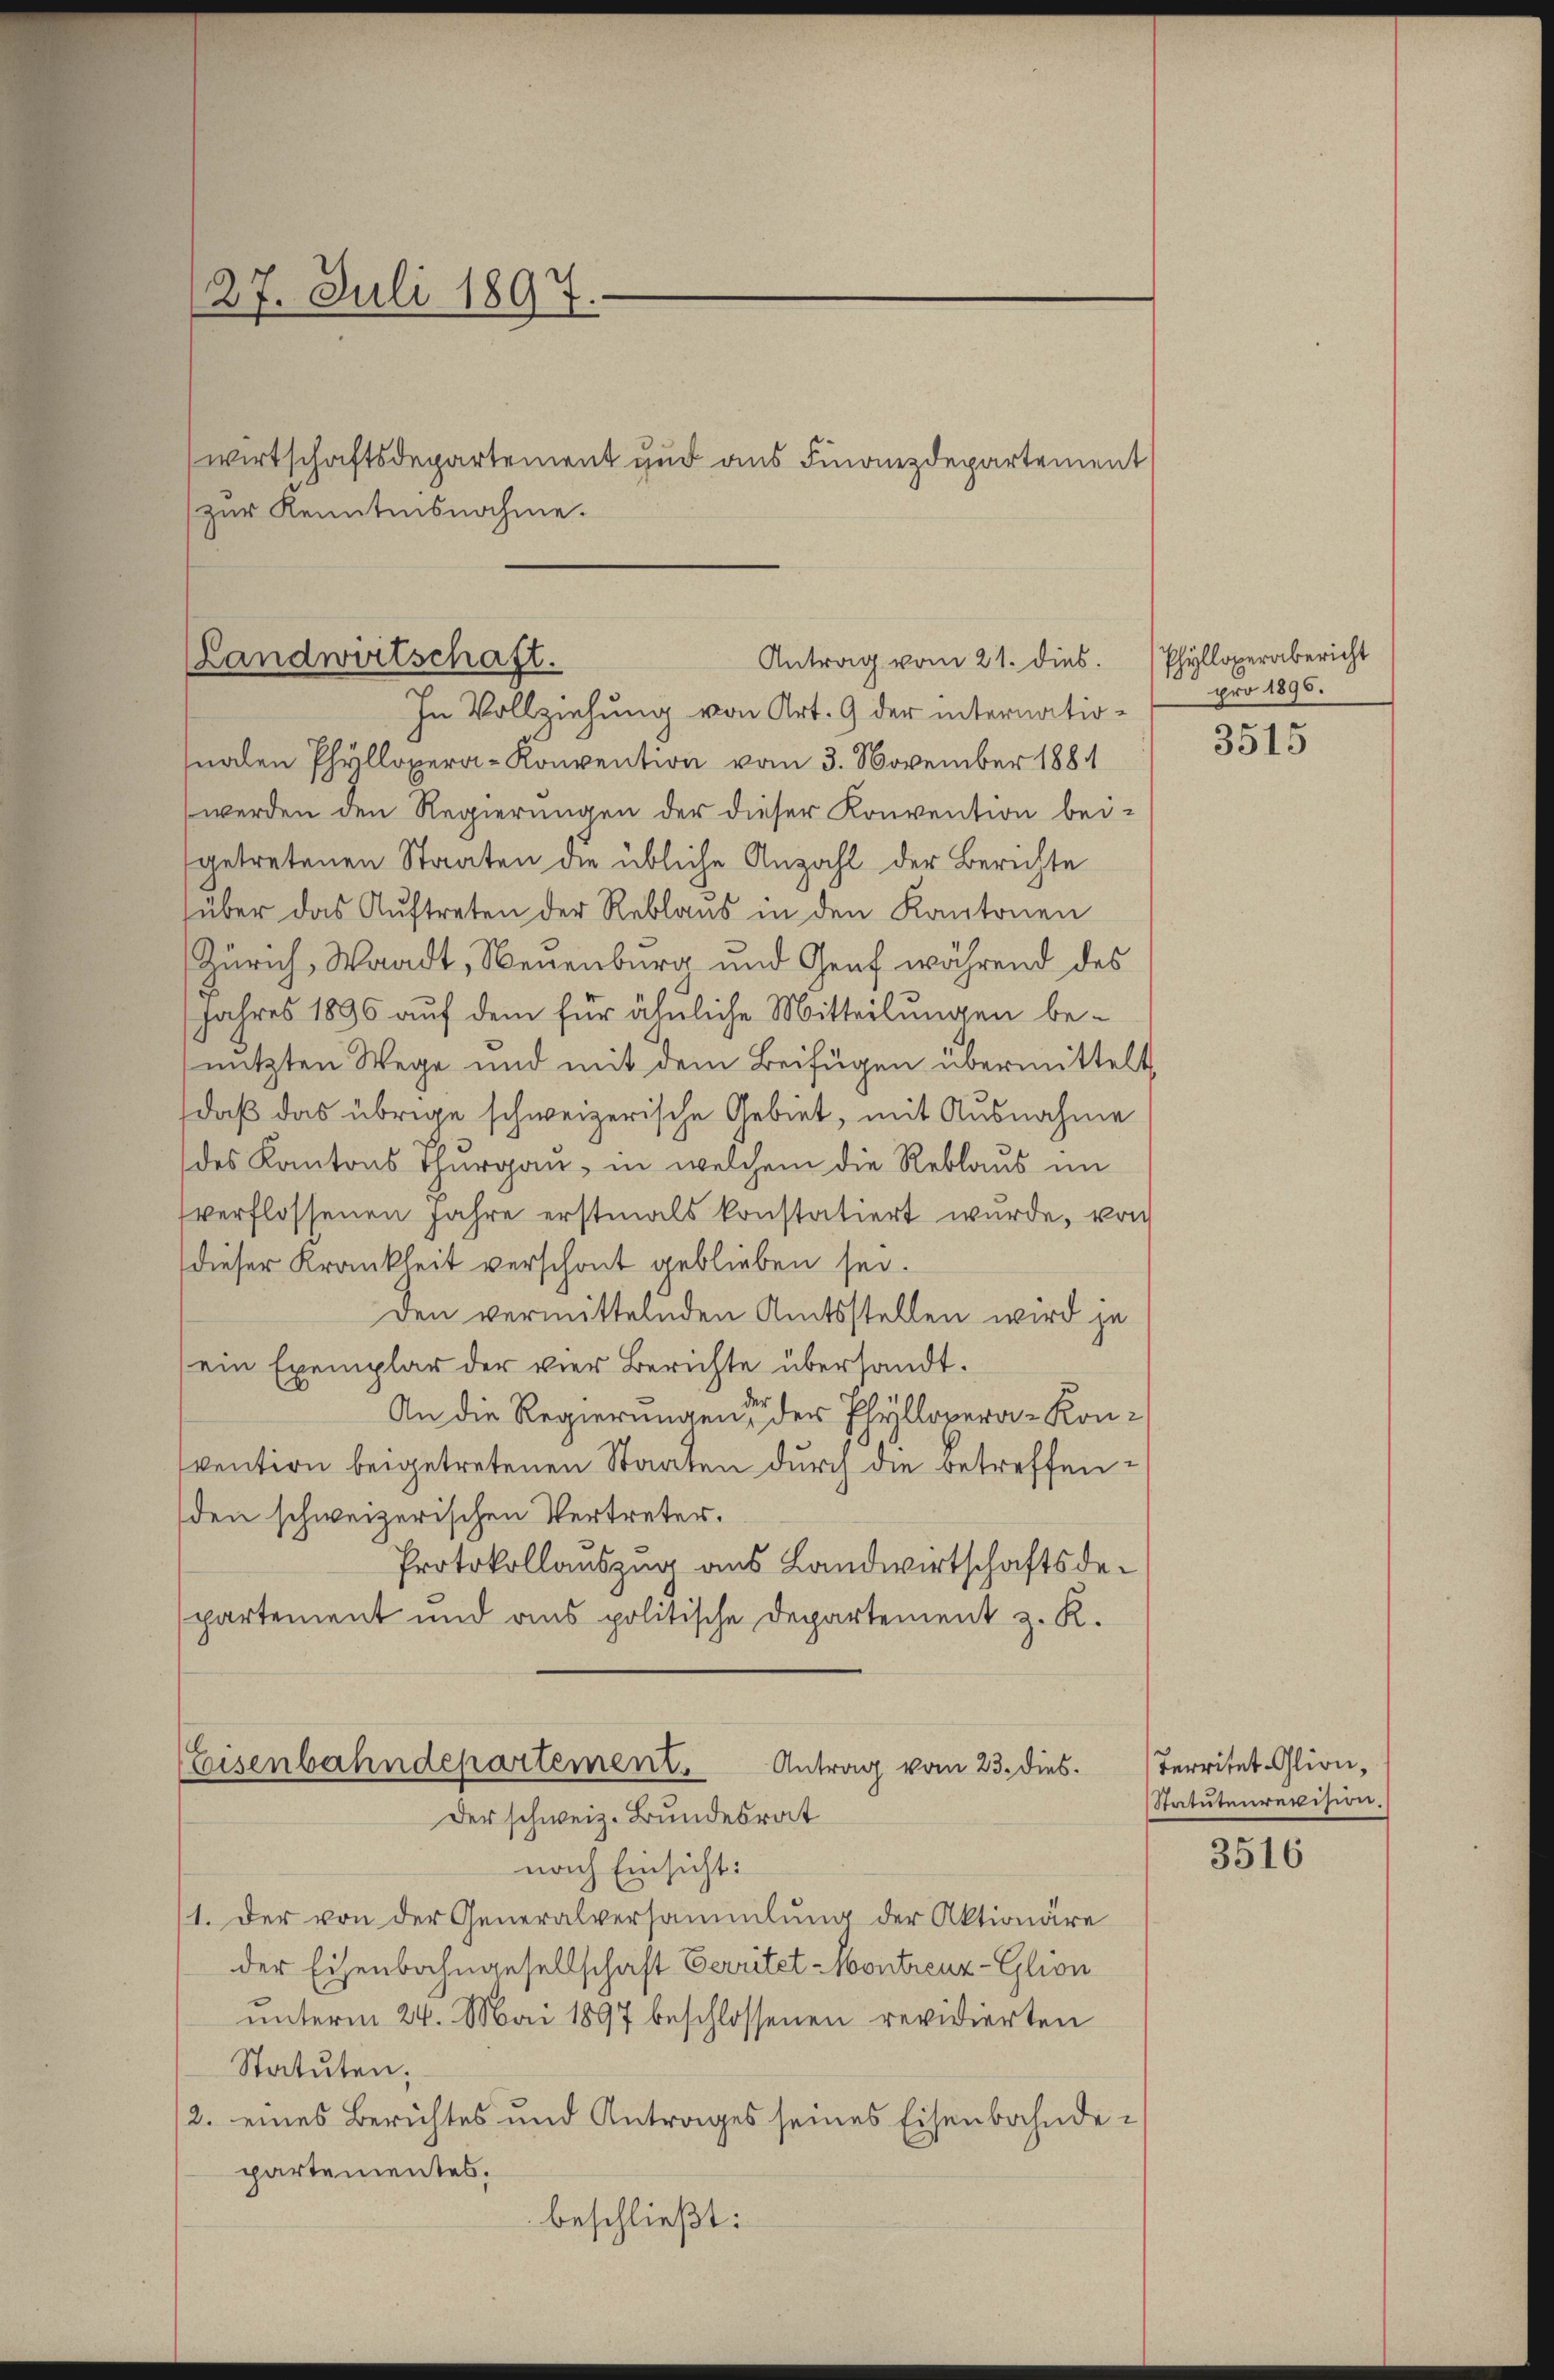
27. Juli 1897.
wirtschaftsdepartement und aus Finanzdepartement
zur Kenntnisnahme.

Landwirtschaft.
Antrag vom 21. dies. Phyllopernbericht
In Vollziehung von Art. 9 der internatio¬

nalen Phaillopera-Konvention vom 3. November 1881
werden den Regierungen der dieser Konvention bei-
getretenen Staaten die übliche Anzahl der Berichte
über das Auftreten der Reblaus in den Kantonen
Zürich, Waadt, Neuenburg und Genf während des
Jahres 1890 auf dem für ähnliche Mitteilungen benutzten Wege und mit dem Beifügen übermittelt
daß das übrige schweizerische Gebiet, mit Ausnahme
des Kantons Thurgau, in welchem die Reblaus im
verflossenen Jahre erstmals konstatiert wurde, von
dieser Krankheit verschont geblieben sei.
Den vermittelnden Amtsstellen wird je
ein Exemplar der vier Berichte übersandt.
An die Regierungen der Phyllopera-Konvention beigetretenen Staaten durch die betreffenden schweizerischen Vertreter.
Protokollauszug aus Landwirtschaftsdepartement und aus politische Departement z. K.

Eisenbahndepartement.
Der schweiz. Bundesrat

nach Einsicht:
1. Der von der Generalversammlung der Aktionäre
der Eisenbahngesellschaft Verritet-Montreuz-Glion
unterm 24. Mai 1897 beschlossenen revidierten
Statuten:
2. eines Berichtes und Antrages seines Eisenbahndepartementes.
beschließt:

Antrag vom 23. dies

pro 1895.

3515

Territet. Glion,
Statutenrevision.

3516